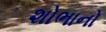
શોભાનો